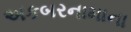
અકબરનામાના